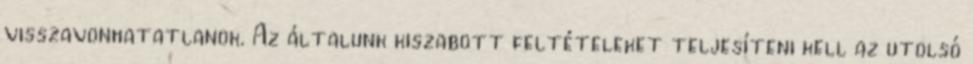
visszavonhatatlanok. Az általunk kiszabott feltételeket teljesíteni kell az utolsó